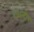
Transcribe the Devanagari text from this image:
वायुदोष